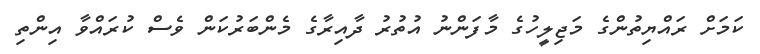
ކަމަށް ރައްޔިތުންގެ މަޖިލީހުގެ މާފަންނު އުތުރު ދާއިރާގެ މެންބަރުކަން ވެސް ކުރައްވާ އިންތި